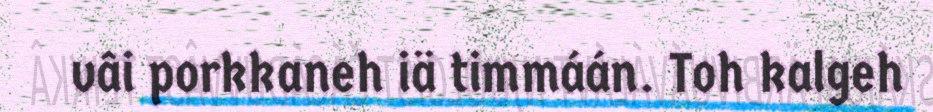
vâi porkkaneh iä timmáán. Toh kalgeh